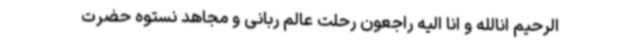
الرحیم انالله و انا الیه راجعون رحلت عالم ربانی و مجاهد نستوه حضرت